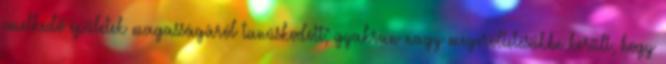
emelkedő épületek magasságáról tanúskodott; gyakran nagy megerőltetésükbe került, hogy